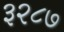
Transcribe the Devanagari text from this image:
३२८७